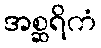
အစ္ဆရိကံ